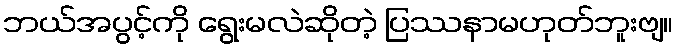
ဘယ်အပွင့်ကို ရွေးမလဲဆိုတဲ့ ပြဿနာမဟုတ်ဘူးဗျ။